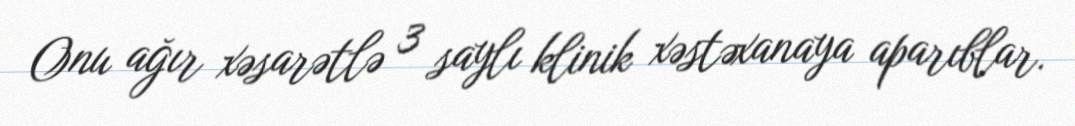
Onu ağır xəsarətlə 3 saylı klinik xəstəxanaya aparıblar.